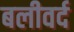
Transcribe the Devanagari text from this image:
बलीवर्द